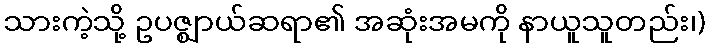
သားကဲ့သို့ ဥပဇ္ဈာယ်ဆရာ၏ အဆုံးအမကို နာယူသူတည်း၊)